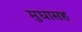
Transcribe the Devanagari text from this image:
मुद्यासह